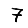
Digit: 7